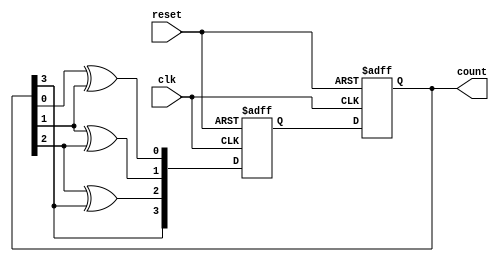
module Gray_counter(
    input wire clk,  // Clock input
    input wire reset,  // Reset input
    output reg [3:0] count  // 4-bit Gray code output
);

reg [3:0] next_count;  // Next state of the counter

always @ (posedge clk or posedge reset) begin
    if (reset) begin
        next_count <= 4'b0000;  // Reset the counter to 0
    end else begin
        next_count[0] <= count[0] ^ count[1];
        next_count[1] <= count[1] ^ count[2];
        next_count[2] <= count[2] ^ count[3];
        next_count[3] <= count[3];
    end
end

always @ (posedge clk or posedge reset) begin
    if (reset) begin
        count <= 4'b0000;  // Reset the counter to 0
    end else begin
        count <= next_count;  // Update the counter with the next state
    end
end

endmodule